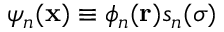
\psi _ { n } ( \mathbf { x } ) \equiv \phi _ { n } ( \mathbf { r } ) s _ { n } ( \sigma )